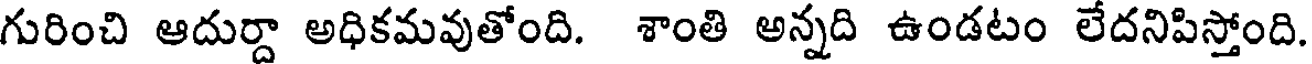
గురించి ఆదుర్దా అధికమవుతోంది. శాంతి అన్నది ఉండటం లేదనిపిస్తోంది